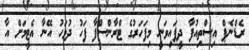
ރެޑްނެޕް އިސްތިއުފާ ދީފައިވަނީ މިފަހަރުގެ ޓްރާންސްފާ ފަހު ދުވަހު އޭނާ އެޓީމަށް އާ